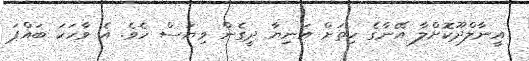
އީނާލްދޫކޮށްލާ އޭނާގެ ހިތަށް އަނިޔާ ދީގެން ވިޔަސް ހެވެ. އެ ވާހަކަ ބައްޕަ